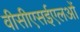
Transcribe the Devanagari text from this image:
वीसीएसईएलओं